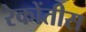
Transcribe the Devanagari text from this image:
रेकोंतीस